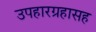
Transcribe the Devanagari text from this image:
उपहारग्रहासह